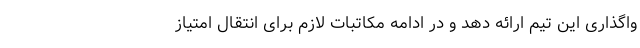
واگذاری این تیم ارائه دهد و در ادامه مکاتبات لازم برای انتقال امتیاز